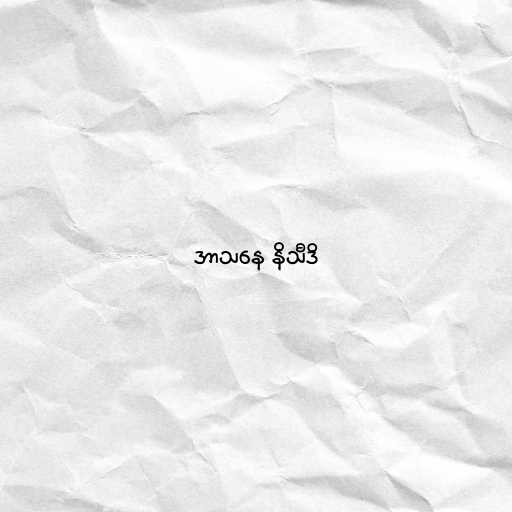
အာသနေ နိသီဒိ